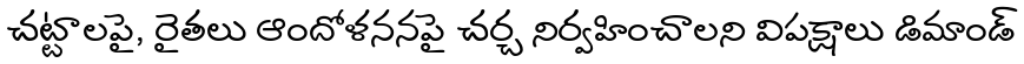
చట్టాలపై, రైతలు ఆందోళననపై చర్చ నిర్వహించాలని విపక్షాలు డిమాండ్